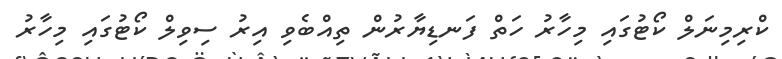
ކްރިމިނަލް ކޯޓުގައި މިހާރު ހަތް ފަނޑިޔާރުން ތިއްބެވި އިރު ސިވިލް ކޯޓުގައި މިހާރު